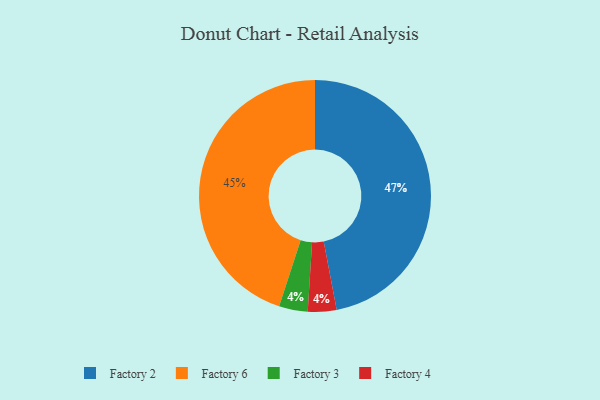
{"axis": {"x": "Category", "y": "Percentage"}, "legend": ["Factory 2", "Factory 3", "Factory 4", "Factory 6"], "data": [{"x": "Factory 3", "y": 4, "type": "Factory 3"}, {"x": "Factory 2", "y": 47, "type": "Factory 2"}, {"x": "Factory 4", "y": 4, "type": "Factory 4"}, {"x": "Factory 6", "y": 45, "type": "Factory 6"}]}